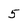
Character: 5